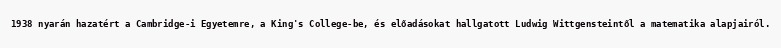
1938 nyarán hazatért a Cambridge-i Egyetemre, a King's College-be, és előadásokat hallgatott Ludwig Wittgensteintől a matematika alapjairól.